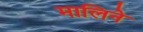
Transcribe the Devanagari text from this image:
मालिने